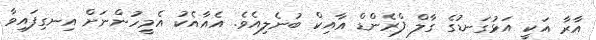
އާރާ އަކީ އަޅުގަނޑުގެ ގާލް ފްރެންޑް އާއިކް ބުނެލިއެވެ. އެއާއެކު އެމީހުންނަށް އިނގިފައިވާ